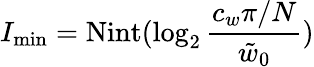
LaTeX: I_{\mathrm{min}}=\mathrm{Nint}(\log_{2}\frac{c_{w}\pi/N}{\tilde{w}_{0}})